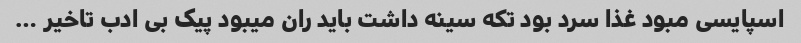
اسپایسی مبود غذا سرد بود تکه سینه داشت باید ران میبود پیک بی ادب تاخیر …